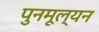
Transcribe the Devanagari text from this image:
पुनमूल्यन